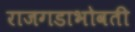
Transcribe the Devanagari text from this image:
राजगडाभोवती